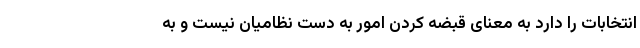
انتخابات را دارد به معنای قبضه کردن امور به دست نظامیان نیست و به